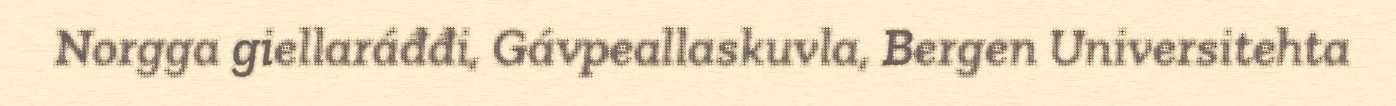
Norgga giellaráđđi, Gávpeallaskuvla, Bergen Universitehta